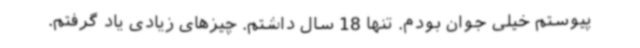
پیوستم خیلی جوان بودم. تنها 18 سال داشتم. چیزهای زیادی یاد گرفتم.